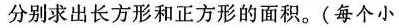
分别求出长方形和正方形的面积。(每个小